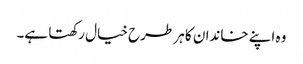
وہ اپنے خاندان کا ہر طرح خیال رکھتا ہے۔